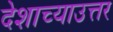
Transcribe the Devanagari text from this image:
देशाच्याउत्तर